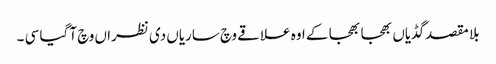
بلا مقصد گڈیاں بھجا بھجا کے اوہ علاقے وچ ساریاں دی نظرا ں وچ آ گیا سی ۔